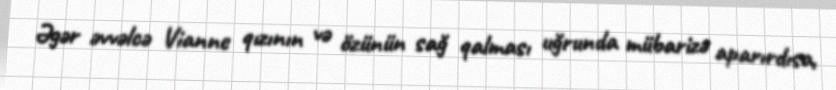
Əgər əvvəlcə Vianne qızının və özünün sağ qalması uğrunda mübarizə aparırdısa,